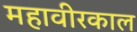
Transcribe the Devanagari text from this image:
महावीरकाल